Report of the Indian Hemp Drugs Commission, 1894-1895 - Volume I
Year: 1894
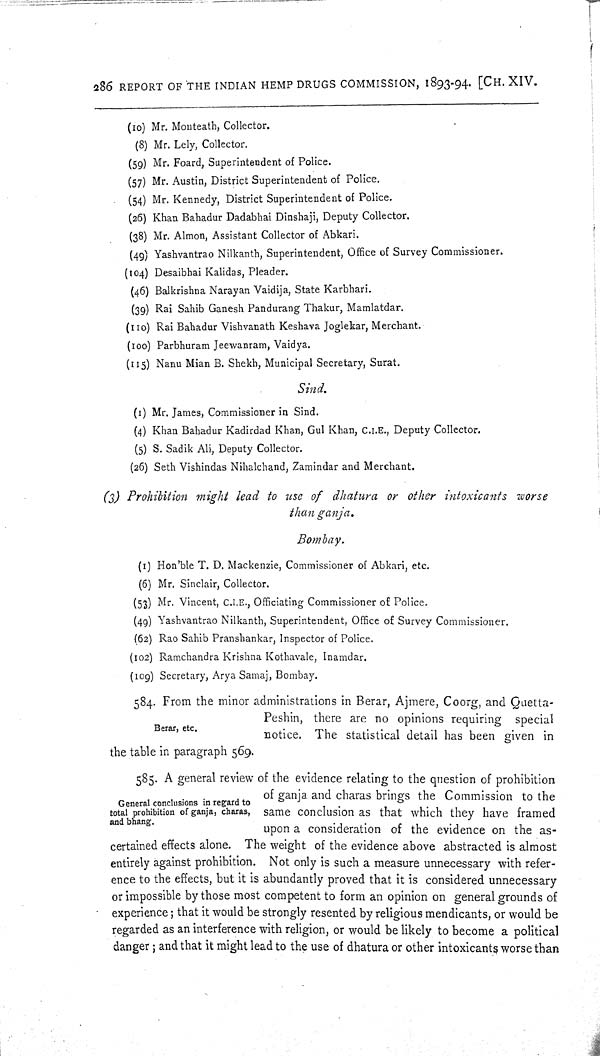
286 REPORT OF THE INDIAN HEMP DRUGS COMMISSION, 1893-94. [CH. XIV.
(10) Mr. Monteath, Collector.
(8) Mr. Lely, Collector.
(59) Mr. Foard, Superintendent of Police.
(57) Mr. Austin, District Superintendent of Police.
(54) Mr. Kennedy, District Superintendent of Police.
(26) Khan Bahadur Dadabhai Dinshaji, Deputy Collector.
(38) Mr. Almon, Assistant Collector of Abkari.
(49) Yashvantrao Nilkanth, Superintendent, Office of Survey Commissioner.
(104) Desaibhai Kalidas, Pleader.
(46) Balkrishna Narayan Vaidija, State Karbhari.
(39) Rai Sahib Ganesh Pandurang Thakur, Mamlatdar.
(110) Rai Bahadur Vishvanath Keshava Joglekar, Merchant.
(100) Parbhuram Jeewanram, Vaidya.
(115) Nanu Mian B. Shekh, Municipal Secretary, Surat.
Sind.
(1) Mr. James, Commissioner in Sind.
(4) Khan Bahadur Kadirdad Khan, Gul Khan, C.I.E., Deputy Collector.
(5) S. Sadik Ali, Deputy Collector.
(26) Seth Vishindas Nihalchand, Zamindar and Merchant.
(3) Prohibition might lead to use of dhatura or other intoxicants worse
than ganja.
Bombay.
(1) Hon'ble T. D. Mackenzie, Commissioner of Abkari, etc.
(6) Mr. Sinclair, Collector.
(53) Mr. Vincent, C.I.E., Officiating Commissioner of Police.
(49) Yashvantrao Nilkanth, Superintendent, Office of Survey Commissioner.
(62) Rao Sahib Pranshankar, Inspector of Police.
(102) Ramchandra Krishna Kothavale, Inamdar.
(109) Secretary, Arya Samaj, Bombay.
Berar, etc.
584. From the minor administrations in Berar, Ajmere, Coorg, and Quetta-
Peshin, there are no opinions requiring special
notice. The statistical detail has been given in
the table in paragraph 569.
General conclusions in regard to
total prohibition of ganja, charas,
and bhang.
585. A general review of the evidence relating to the question of prohibition
of ganja and charas brings the Commission to the
same conclusion as that which they have framed
upon a consideration of the evidence on the as-
certained effects alone. The weight of the evidence above abstracted is almost
entirely against prohibition. Not only is such a measure unnecessary with refer-
ence to the effects, but it is abundantly proved that it is considered unnecessary
or impossible by those most competent to form an opinion on general grounds of
experience; that it would be strongly resented by religious mendicants, or would be
regarded as an interference with religion, or would be likely to become a political
danger; and that it might lead to the use of dhatura or other intoxicants worse than